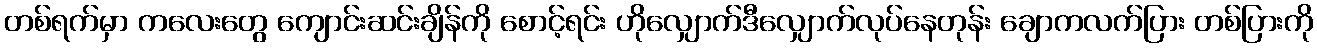
တစ်ရက်မှာ ကလေးတွေ ကျောင်းဆင်းချိန်ကို စောင့်ရင်း ဟိုလျှောက်ဒီလျှောက်လုပ်နေတုန်း ချောကလက်ပြား တစ်ပြားကို